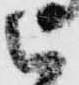
被